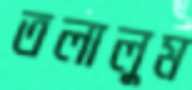
তলালুম